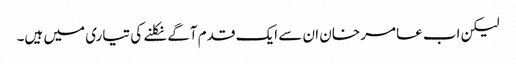
لیکن اب عامر خان ان سے ایک قدم آگے نکلنے کی تیاری میں ہیں۔